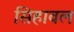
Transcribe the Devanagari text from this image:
सिहावल